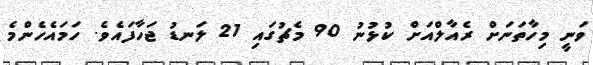
ވަނީ މިހާތަނަށް ރެއާލްއަށް ކުޅުނު 90 މެޗުގައި 21 ލަނޑު ޖަހާފައެވެ. ހަމައެހެންމެ